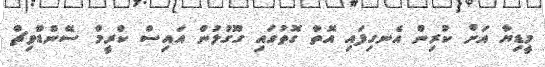
މީޑިޔާ އަށް ކުރިން އެނގިފައި އޮތް ގޮތުގައި ގޫގުލުން އައިސް ކްރީމް ސޭންޑްވިޗް